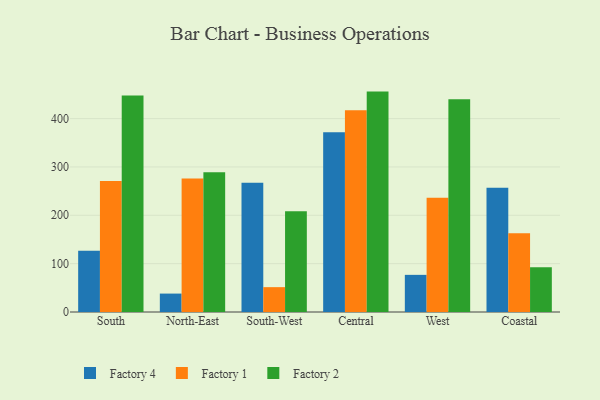
{"axis": {"x": "Region", "y": "Temperature (°C)"}, "legend": ["Factory 1", "Factory 2", "Factory 4"], "data": [{"x": "South", "y": 126.9, "type": "Factory 4"}, {"x": "South", "y": 271.1, "type": "Factory 1"}, {"x": "South", "y": 447.7, "type": "Factory 2"}, {"x": "North-East", "y": 38.1, "type": "Factory 4"}, {"x": "North-East", "y": 276.3, "type": "Factory 1"}, {"x": "North-East", "y": 288.9, "type": "Factory 2"}, {"x": "South-West", "y": 267.5, "type": "Factory 4"}, {"x": "South-West", "y": 51.4, "type": "Factory 1"}, {"x": "South-West", "y": 208.2, "type": "Factory 2"}, {"x": "Central", "y": 371.8, "type": "Factory 4"}, {"x": "Central", "y": 417.0, "type": "Factory 1"}, {"x": "Central", "y": 455.8, "type": "Factory 2"}, {"x": "West", "y": 76.8, "type": "Factory 4"}, {"x": "West", "y": 236.3, "type": "Factory 1"}, {"x": "West", "y": 439.9, "type": "Factory 2"}, {"x": "Coastal", "y": 256.8, "type": "Factory 4"}, {"x": "Coastal", "y": 162.9, "type": "Factory 1"}, {"x": "Coastal", "y": 92.4, "type": "Factory 2"}]}